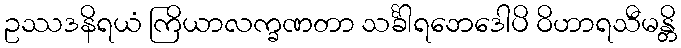
ဥဿဒနိရယံ ကြိယာလက္ခဏတာ သင်္ခါရဘေဒေါပိ ဝိဟာရသီမန္တိ